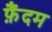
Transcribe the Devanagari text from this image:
फ़ैंदम